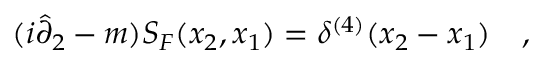
( i \hat { \partial } _ { 2 } - m ) S _ { F } ( x _ { 2 } , x _ { 1 } ) = \delta ^ { ( 4 ) } ( x _ { 2 } - x _ { 1 } ) \quad ,